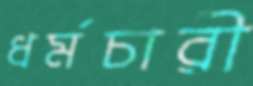
ধর্মচারী